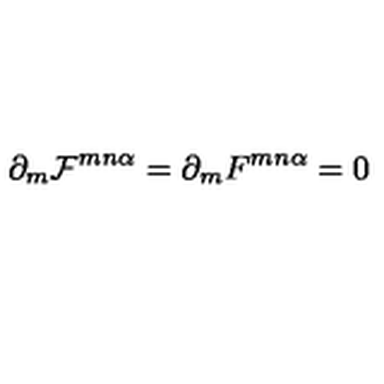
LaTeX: \partial _ { m } { \cal F } ^ { m n \alpha } = \partial _ { m } F ^ { m n \alpha } = 0